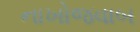
નાખોજવાબ